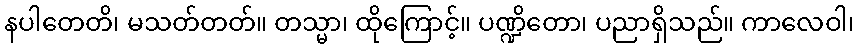
နပါတေတိ၊ မသတ်တတ်။ တသ္မာ၊ ထိုကြောင့်။ ပဏ္ဍိတော၊ ပညာရှိသည်။ ကာလေဝါ၊